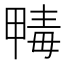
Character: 𣫹